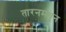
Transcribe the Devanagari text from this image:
तारनमधून